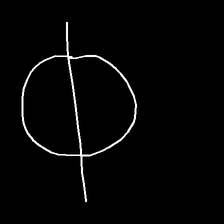
Glyph: orb